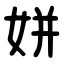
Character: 姘